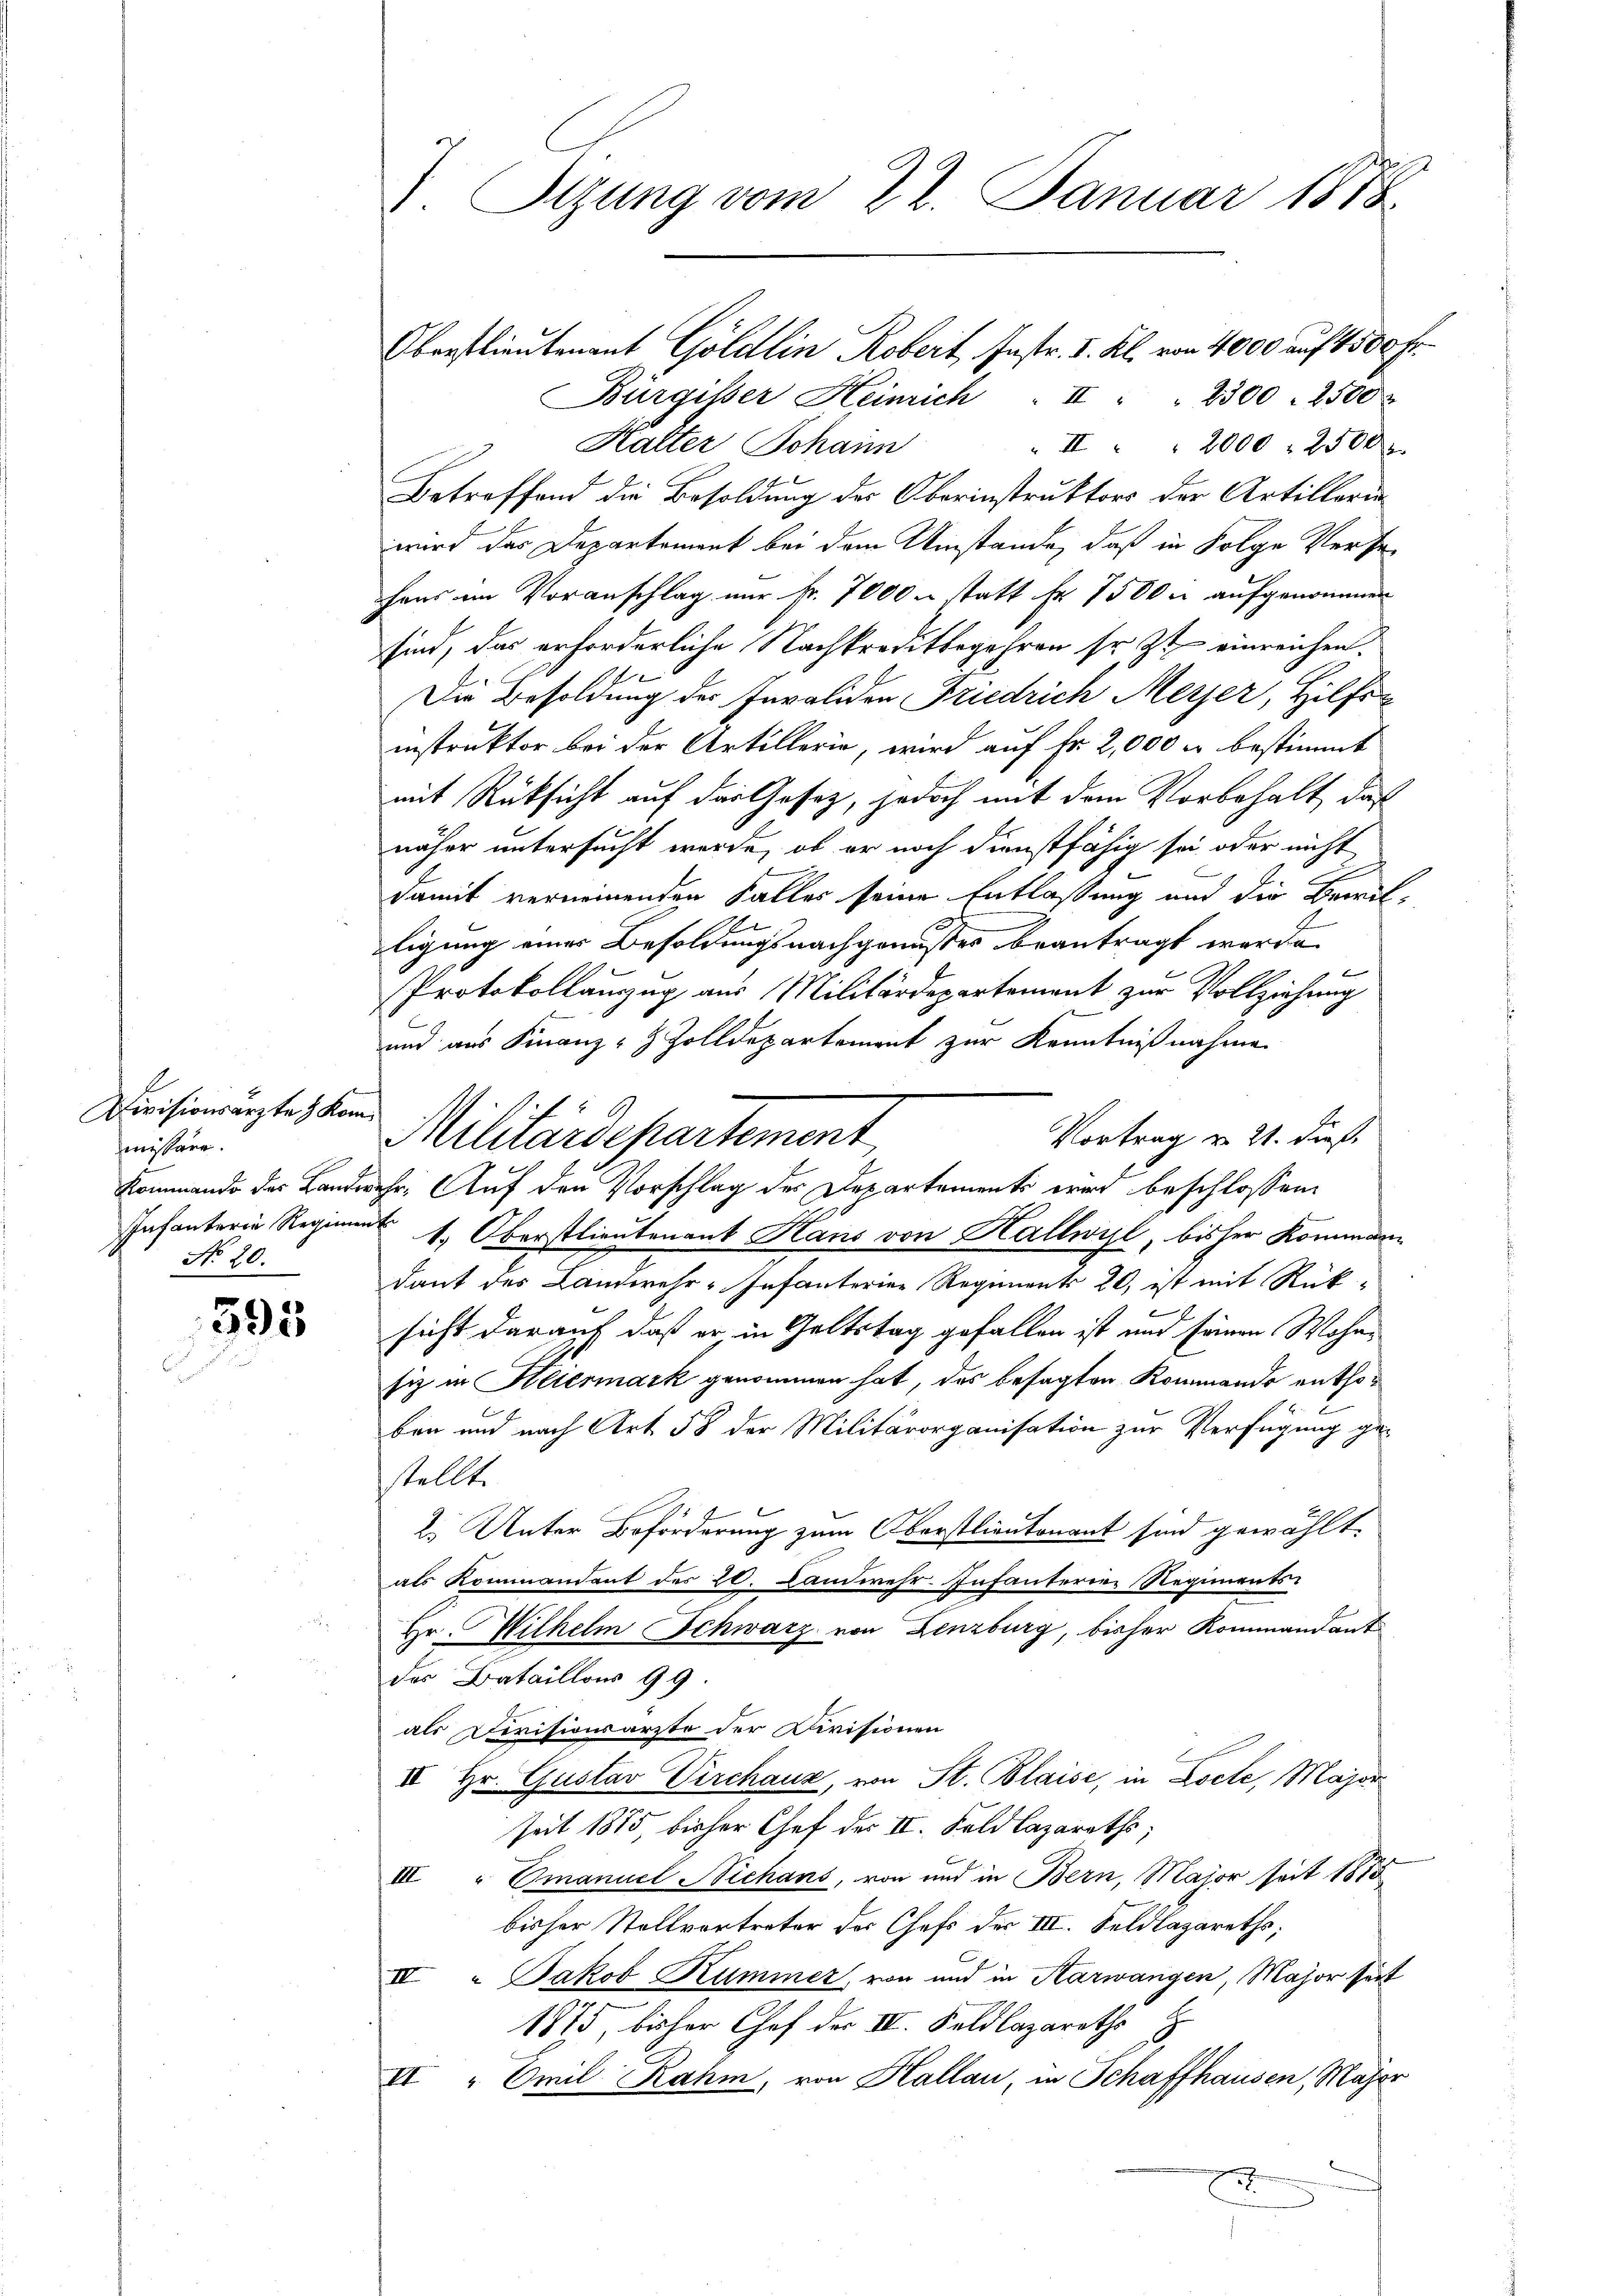
Divisionsarzte & Kommissäre.
Kommando der Bander
Infanterie Reginne
No 20.

595

V. Sizung vom 22. Januar 1878

Bürgisser Heinrich II " " 2300. 2500
Kalter Johann
" II 2000. 2500 r
Betreffend die Besoldung des Oberinstruktors der Artillerie
wird das Departement bei dem Umstände, daß in Folge Versehans im Voranschlag nur fr. 7000 u statt fr. 7500 u aufgenommen
sind, das erforderliche Nachkreditbegehren so zu einreichen.
Die Besoldung des Invaliden Friedrich Meyer, Hilfsinstruktor bei der Artillerie, wird auf Fr. 2,000 r bestimmt
mit Rücksicht auf der Gesetz, jedoch mit dem Vorbehalt, daß
näher untersucht werde, ob er noch dienstfähig sei oder nicht
damit verneinenden Falles seine Entlassung und die Bemüh-
E
ligung eines Besoldungsnachgenusses beantragt werde.
Protokollanzug aus Militärdepartement zur Vollziehung
und aus Finanz- & Zolldepartement zur Kenntnißnahme
Vortrag v. 21. dieß
ehr. Auf den Vorschlag des Departements wird beschlossen
 1. Oberstlieutenant Hans von Hallwyl, bisher Kommann
dant des Landwehr-Infanterier Regiments 20, ist mit Rück-
sicht darauf daß er in Geltstag gefallen ist und seinen Wohnfiz in Heiermark genommen hat, das besagten Kommando enthoben und nach Art 58 der Militärorganisation zur Verfügung ge
stellt.
2. Unter Beförderung zum Oberstlieutenant sind gewählt.
als Kommandant des 20. Landwehr. Infanterier Regiments¬
Hr. Wilhelm Schwarz von Lenzburg, bisher Kommandant
des Bataillons 99.
als Devisionsarzte der Divisionen
II Hr. Gustav Pirchaus, von St. Blaise, in Locte, Major
seit 1875, bisher Chef des II. Feld lazareths;
III " Omanuel Niehans, von und in Bern, Major seit 1875
bisher Stellvertreter des Chefs des III. Seldlazareths;
IV " Jakob Kummer, von und in Aarwangen, Major seit
1875, bisher Chef der III. Feldlazareths
VI " Emil Rahm, von Hallau, in Schaffhausen, Major
2

Oberstlieutenant Göldlin Robert, Pastr. I. Kl. von 4000 auf 1500 Fr.

Militärdepartement,